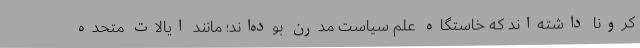
کرونا داشته‌اند که خاستگاه علم سیاست مدرن بوده‌اند؛ مانند ایالات متحده